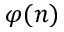
\varphi ( n )